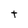
Character: t